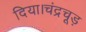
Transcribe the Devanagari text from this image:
दिया।चंद्रचूड़